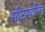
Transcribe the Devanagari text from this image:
सीटायरिल